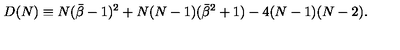
D ( N ) \equiv N ( { \bar { \beta } } - 1 ) ^ { 2 } + N ( N - 1 ) ( { \bar { \beta } } ^ { 2 } + 1 ) - 4 ( N - 1 ) ( N - 2 ) .